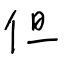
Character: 但